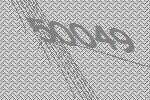
50049